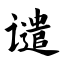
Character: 谴